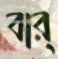
বার্